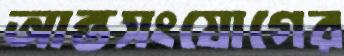
আন্তসংযোগের